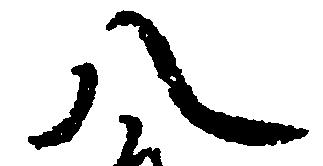
八